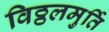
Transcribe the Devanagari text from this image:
विठ्ठलमुर्ति